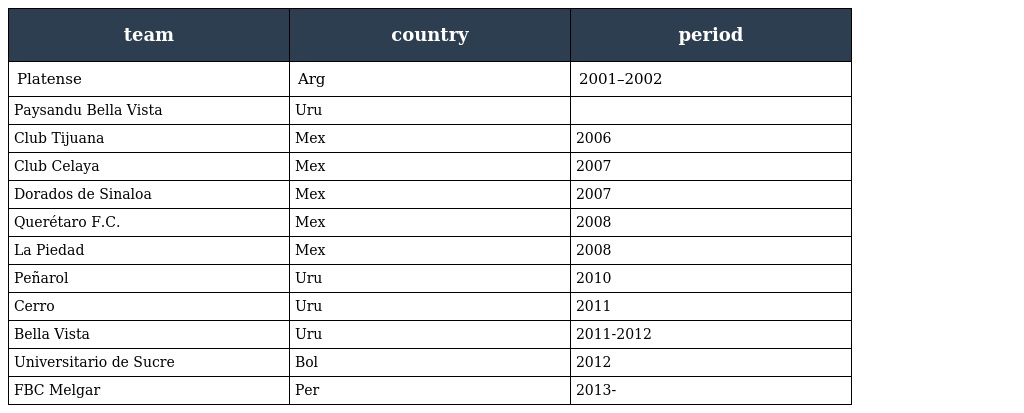
| team | country | period |
 | --- | --- | --- |
 | Platense | Arg | 2001–2002 |
 | Paysandu Bella Vista | Uru |  |
 | Club Tijuana | Mex | 2006 |
 | Club Celaya | Mex | 2007 |
 | Dorados de Sinaloa | Mex | 2007 |
 | Querétaro F.C. | Mex | 2008 |
 | La Piedad | Mex | 2008 |
 | Peñarol | Uru | 2010 |
 | Cerro | Uru | 2011 |
 | Bella Vista | Uru | 2011-2012 |
 | Universitario de Sucre | Bol | 2012 |
 | FBC Melgar | Per | 2013- |